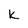
Character: k